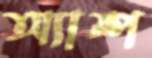
অ্যাম্প